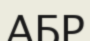
АБР